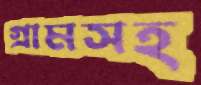
গ্রামসহ